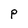
Character: P